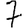
Digit: 7